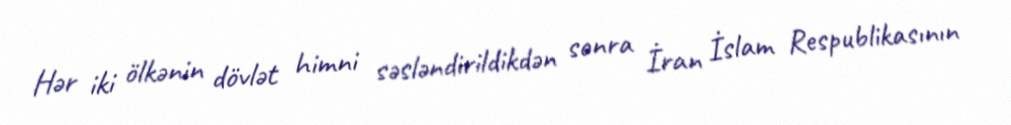
Hər iki ölkənin dövlət himni səsləndirildikdən sonra İran İslam Respublikasının